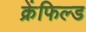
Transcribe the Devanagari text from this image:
क्रेंफिल्ड